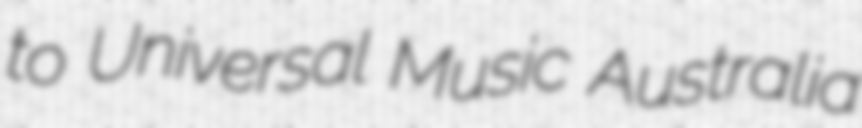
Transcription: to Universal Music Australia